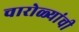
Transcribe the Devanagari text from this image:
चारोळ्यांची